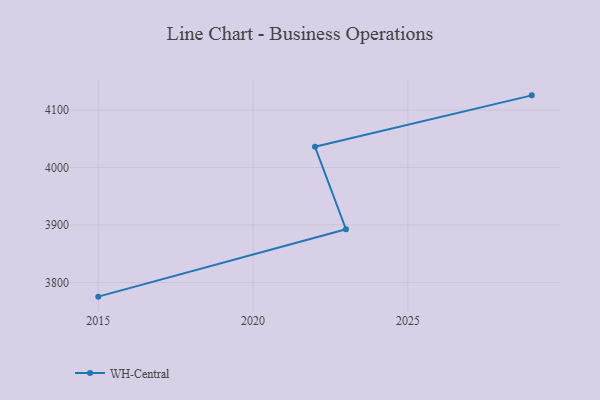
{"axis": {"x": "Year", "y": "Conversion Rate (%)"}, "legend": ["WH-Central"], "data": [{"x": "2029", "y": 4125.6, "type": "WH-Central"}, {"x": "2022", "y": 4036.0, "type": "WH-Central"}, {"x": "2023", "y": 3892.5, "type": "WH-Central"}, {"x": "2015", "y": 3775.2, "type": "WH-Central"}]}